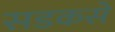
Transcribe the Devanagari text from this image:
सडकसे